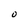
Character: O